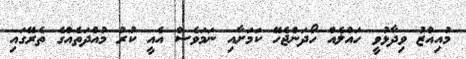
މުއިއްޒު ވިދާޅުވީ ހައްލެއް ހޯދަންޖެހޭ ކަމަށާއި ނަމަވެސް އެއީ ކުރު މުއްދަތެއްގެ ތެރޭގައި